Punjab Mental Hospital Lahore 1922-31 - 1922-1931
Year: 1922
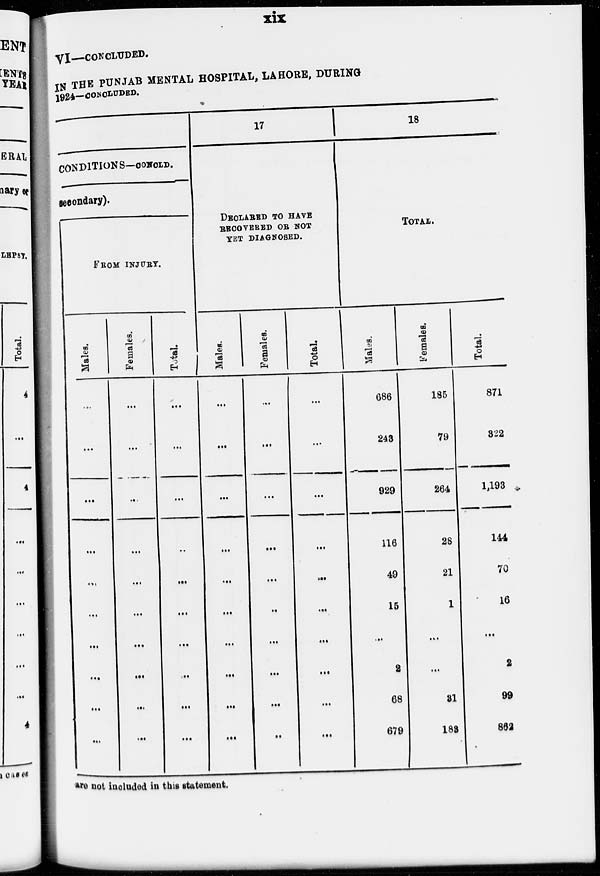
xix
VI—CONCLUDED.
IN THE PUNJAB MENTAL HOSPITAL, LAHORE, DURING
1924—CONCLUDED.
CONDITIONS—CONCLD.
secondary).
FROM INJURY.
Males.
...
...
...
...
...
...
...
...
...
...
Females.
...
...
...
...
...
...
...
...
...
...
Total.
...
...
...
...
...
...
...
...
...
...
17
DECLARED TO HAVE
RECOVERED OR NOT
YET DIAGNOSED.
Males.
...
...
...
...
...
...
...
...
...
...
Females.
...
...
...
...
...
...
...
...
...
...
Total.
...
...
...
...
...
...
...
...
...
...
18
TOTAL.
Males.
686
243
929
116
49
15
...
2
68
679
Females.
185
79
264
28
21
1
...
...
31
183
Total.
871
322
1,193
144
70
16
...
2
99
862
are not included in this statement.